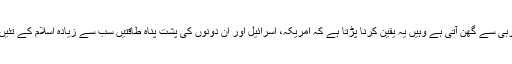
کتاب کو پڑھنے سے جہاں ایک عربی داں کو اس کی عربی سے گھن آتی ہے وہیں یہ یقین کرنا پڑتا ہے کہ امریکہ، اسرائیل اور ان دونوں کی پشت پناہ طاقتیں سب سے زیادہ اِسلام کے تئیں مسلمانوں کی جاں نثاری سے ہی خائف اور فکرمند ہیں۔